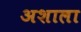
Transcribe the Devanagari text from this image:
अशाला